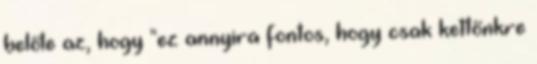
belőle az, hogy "ez annyira fontos, hogy csak kettőnkre